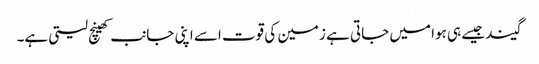
گیند جیسے ہی ہوا میں جاتی ہے زمین کی قوت اسے اپنی جانب کھینچ لیتی ہے۔